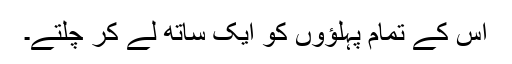
اس کے تمام پہلؤوں کو ایک ساتھ لے کر چلتے۔